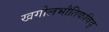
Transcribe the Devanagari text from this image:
खगोलभौतिकविद्